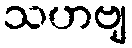
သဟဗျ